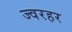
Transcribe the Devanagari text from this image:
ज्वरहर